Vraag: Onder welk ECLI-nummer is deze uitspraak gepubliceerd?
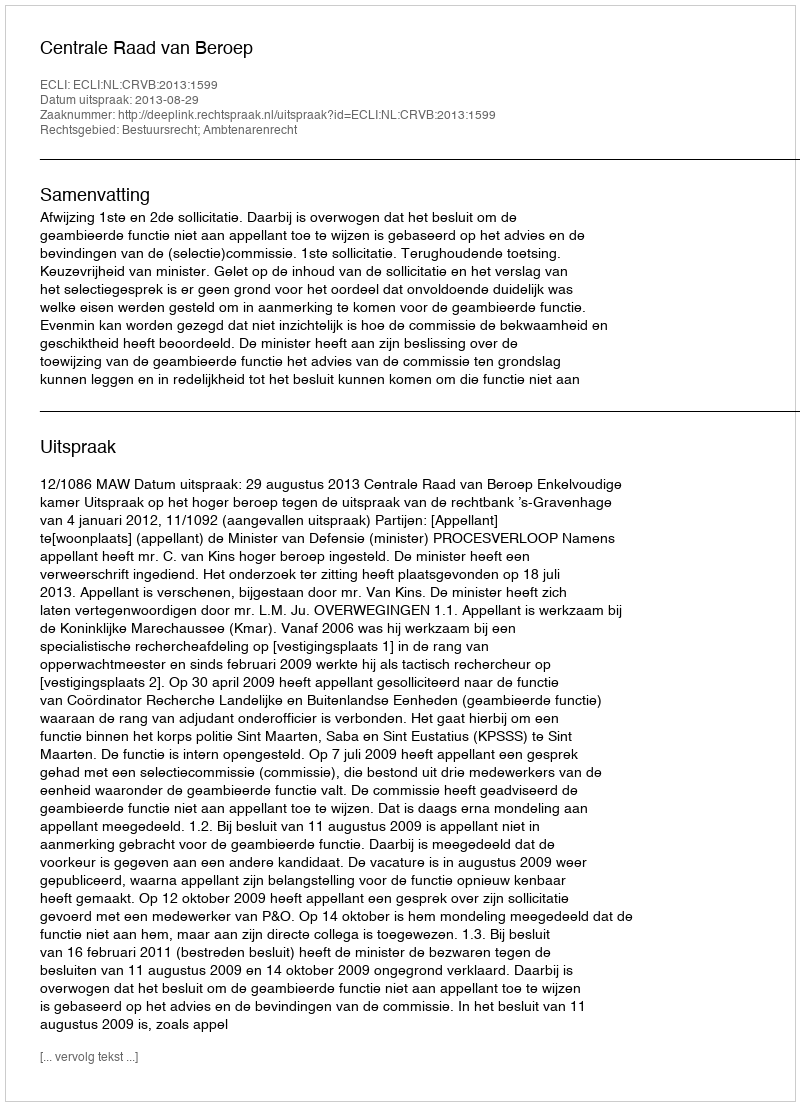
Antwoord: ECLI:NL:CRVB:2013:1599